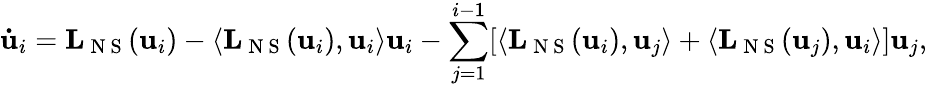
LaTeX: \mathbf{\dot{u}}_{i}=\mathbf{L}_{\mathrm{~N~S~}}(\mathbf{u}_{i})-\langle\mathbf{L}_{\mathrm{~N~S~}}(\mathbf{u}_{i}),\mathbf{u}_{i}\rangle\mathbf{u}_{i}-\sum_{j=1}^{i-1}[\langle\mathbf{L}_{\mathrm{~N~S~}}(\mathbf{u}_{i}),\mathbf{u}_{j}\rangle+\langle\mathbf{L}_{\mathrm{~N~S~}}(\mathbf{u}_{j}),\mathbf{u}_{i}\rangle]\mathbf{u}_{j},